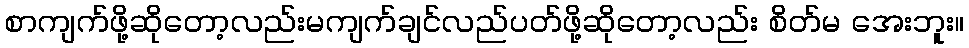
စာကျက်ဖို့ဆိုတော့လည်းမကျက်ချင်လည်ပတ်ဖို့ဆိုတော့လည်း စိတ်မ အေးဘူး။